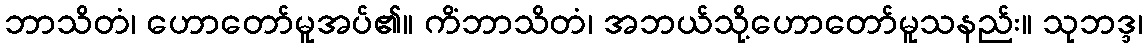
ဘာသိတံ၊ ဟောတော်မူအပ်၏။ ကိံဘာသိတံ၊ အဘယ်သို့ဟောတော်မူသနည်း။ သုဘဒ္ဒ၊